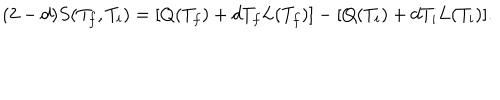
( 2 - d ) S ( T _ { f } , T _ { i } ) = [ Q ( T _ { f } ) + d T _ { f } L ( T _ { f } ) ] - [ Q ( T _ { i } ) + d T _ { i } L ( T _ { i } ) ] .